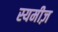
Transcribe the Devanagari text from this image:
स्यमीज़